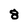
Character: 8